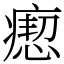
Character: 瘛